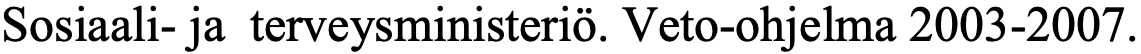
Sosiaali- ja terveysministeriö. Veto-ohjelma 2003-2007.